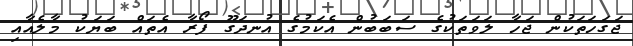
ޖަގަހަތަކުން ޖަހާ ލަވަތަކުގެ ސަބަބުން އެކަމުގެ އުނދަގޫ ފޯރާ އެތައް ބަޔަކު މާލެއާއި